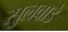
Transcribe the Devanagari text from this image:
सुलवाडे